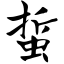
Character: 蜇